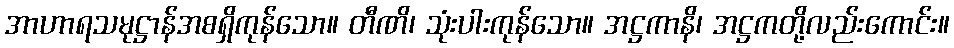
အာဟာရသမုဋ္ဌာန်အစရှိကုန်သော။ တီဏိ၊ သုံးပါးကုန်သော။ အဋ္ဌကာနိ၊ အဋ္ဌကတို့လည်းကောင်း။